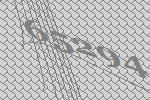
65294